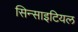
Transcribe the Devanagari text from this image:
सिन्साइटियल